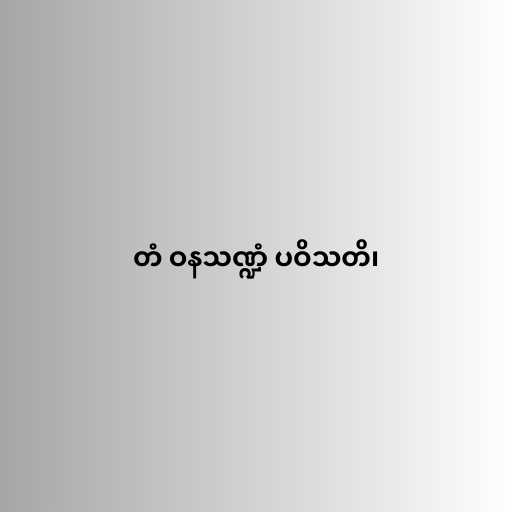
တံ ဝနသဏ္ဍံ ပဝိသတိ၊